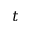
t